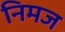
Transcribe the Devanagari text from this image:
निमज